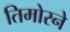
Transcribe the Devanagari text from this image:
तिमोरने